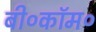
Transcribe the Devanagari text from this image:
बी०कॉम०